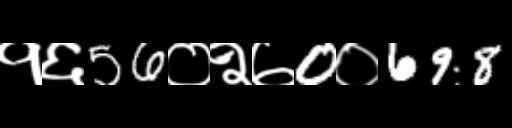
Text: १६56०२७0०698